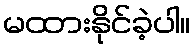
မထားနိုင်ခဲ့ပါ။